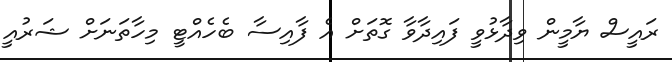
ރައީސް ޔާމީން ވިދާޅުވީ ފައިދާވާ ގޮތަށް އެ ފާއިސާ ބެހެއްޓީ މިހާތަނަށް ޝަރުއީ